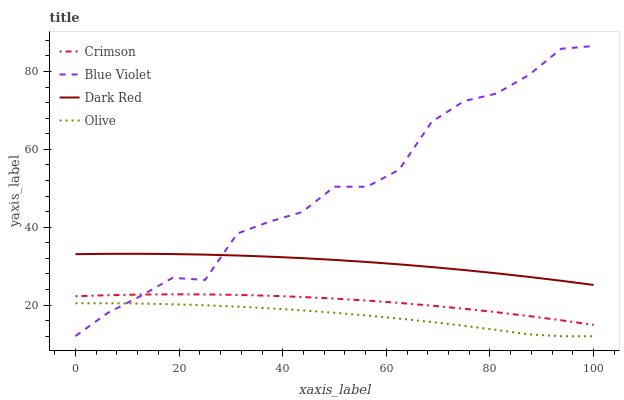
| xaxis_label | Crimson | Blue Violet | Dark Red | Olive |
 | --- | --- | --- | --- | --- |
 | 0 | 22.3 | 12 | 33.1 | 20.5 |
 | 6.25 | 22.5 | 18 | 33.2 | 20.5 |
 | 12.5 | 22.7 | 22.3 | 33.2 | 20.4 |
 | 18.8 | 22.8 | 27 | 33.1 | 20.2 |
 | 25 | 22.7 | 26.5 | 33 | 20 |
 | 31.2 | 22.6 | 38.4 | 32.7 | 19.6 |
 | 37.5 | 22.4 | 41.5 | 32.4 | 19.2 |
 | 43.8 | 22.1 | 43.9 | 32.1 | 18.6 |
 | 50 | 21.7 | 50.4 | 31.6 | 18 |
 | 56.2 | 21.2 | 50.4 | 31.1 | 17.3 |
 | 62.5 | 20.6 | 54.8 | 30.5 | 16.5 |
 | 68.8 | 19.9 | 67.1 | 29.8 | 15.7 |
 | 75 | 19.1 | 72.4 | 29 | 14.7 |
 | 81.2 | 18.2 | 74.3 | 28.2 | 13.6 |
 | 87.5 | 17.2 | 79.1 | 27.2 | 12.5 |
 | 93.8 | 16.1 | 85.8 | 26.2 | 12 |
 | 100 | 14.9 | 86.5 | 25.2 | 12 |